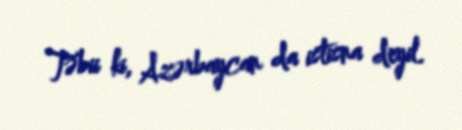
Təbii ki, Azərbaycan da istisna deyil.